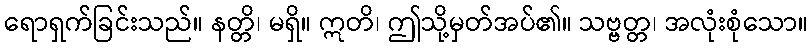
ရောရှက်ခြင်းသည်။ နတ္တိ၊ မရှိ။ ဣတိ၊ ဤသို့မှတ်အပ်၏။ သဗ္ဗတ္တ၊ အလုံးစုံသော။